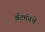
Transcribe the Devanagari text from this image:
बॅटमॅनचे